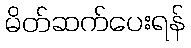
မိတ်ဆက်ပေးရန်